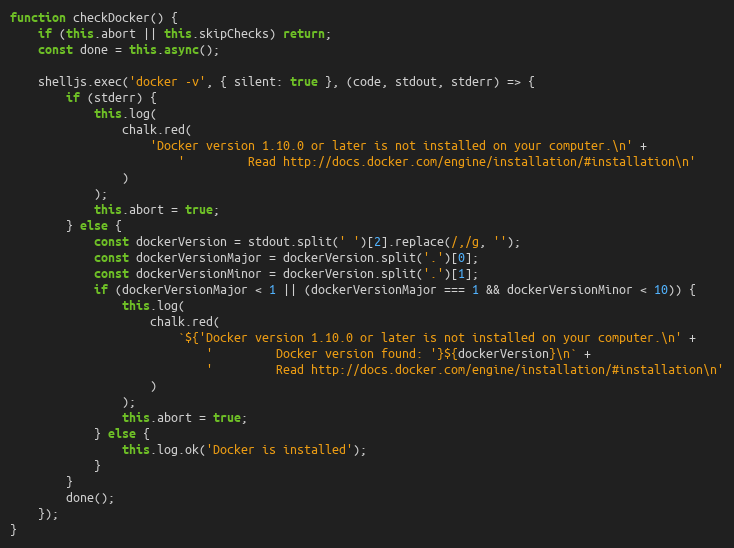
Language: JavaScript
function checkDocker() {
    if (this.abort || this.skipChecks) return;
    const done = this.async();

    shelljs.exec('docker -v', { silent: true }, (code, stdout, stderr) => {
        if (stderr) {
            this.log(
                chalk.red(
                    'Docker version 1.10.0 or later is not installed on your computer.\n' +
                        '         Read http://docs.docker.com/engine/installation/#installation\n'
                )
            );
            this.abort = true;
        } else {
            const dockerVersion = stdout.split(' ')[2].replace(/,/g, '');
            const dockerVersionMajor = dockerVersion.split('.')[0];
            const dockerVersionMinor = dockerVersion.split('.')[1];
            if (dockerVersionMajor < 1 || (dockerVersionMajor === 1 && dockerVersionMinor < 10)) {
                this.log(
                    chalk.red(
                        `${'Docker version 1.10.0 or later is not installed on your computer.\n' +
                            '         Docker version found: '}${dockerVersion}\n` +
                            '         Read http://docs.docker.com/engine/installation/#installation\n'
                    )
                );
                this.abort = true;
            } else {
                this.log.ok('Docker is installed');
            }
        }
        done();
    });
}